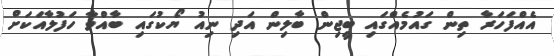
އެއްފަހަރާ ތިން ގައުމެއްގައި ބީޖިން ބާލިން އަދި ނިއު ޔޯކުގައި ބާއްވާ ހަފުލާއަކަށް